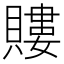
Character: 𧷡